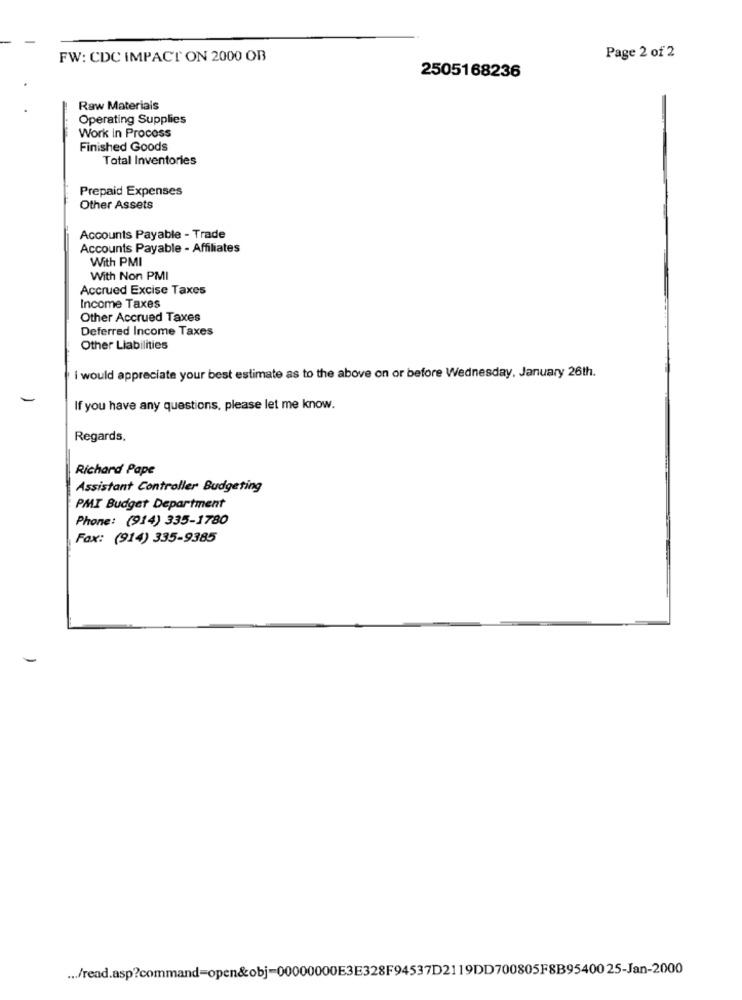
FW: CDC IMPACT ON 2000 OB
Page 2 of 2
2505168236
Raw Materials
Operating Supplies
Work in Process
Finished Goods
Total Inventories
Prepaid Expenses
Other Assets
Accounts Payable - Trade
Accounts Payable - Affiliates
With PMI
With Non PMI
Accrued Excise Taxes
Income Taxes
Other Accrued Taxes
Deferred Income Taxes
Other Liabilities
I would appreciate your best estimate as to the above on or before Wednesday, January 26th.
If you have any questions, please let me know.
Regards,
Richard Pape
Assistant Controller Budgeting
PMI Budget Department
Phone: (914) 335-1780
Fax: (914) 335-9385
... /read.asp?command=open&obj-00000000E3E328F94537D2119DD700805F8B9540025-Jan-2000